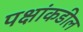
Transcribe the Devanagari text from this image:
पक्षांकडील